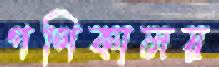
গণিকালয়